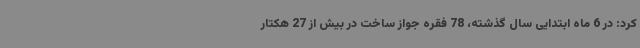
کرد: در 6 ماه ابتدایی سال گذشته، 78 فقره جواز ساخت در بیش از 27 هکتار